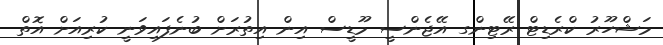
މަޝްހޫރު ކްރެޑިޓް ރޭޓިންގ އޭޖެންސީ މޫޑީސް އިން އިތުރަށް ބުނެފައިވަނީ ކުރިއަށް އޮތް